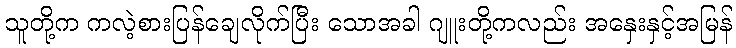
သူတို့က ကလဲ့စားပြန်ချေလိုက်ပြီး သောအခါ ဂျူးတို့ကလည်း အနှေးနှင့်အမြန်